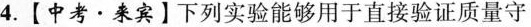
4.【中考 · 来宾】下列实验能够用于直接验证质量守